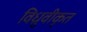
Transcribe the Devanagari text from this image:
विध्रुवीकृत